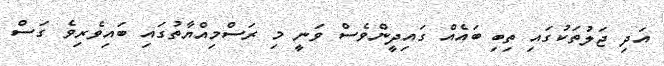
އަދި ޖަލުތަކުގައި ތިބި ބައެއް ގައިދީންވެސް ވަނީ މި ރަސްމިއްޔާތުގައި ބައިވެރިވެ ގަސް